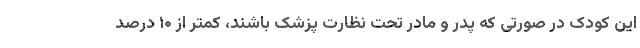
این کودک در صورتی که پدر و مادر تحت نظارت پزشک باشند، کمتر از ۱۰ درصد